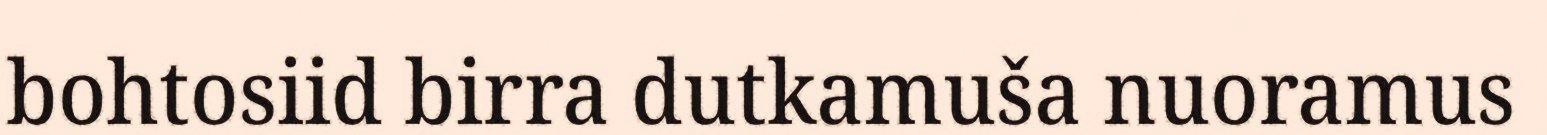
bohtosiid birra dutkamuša nuoramus